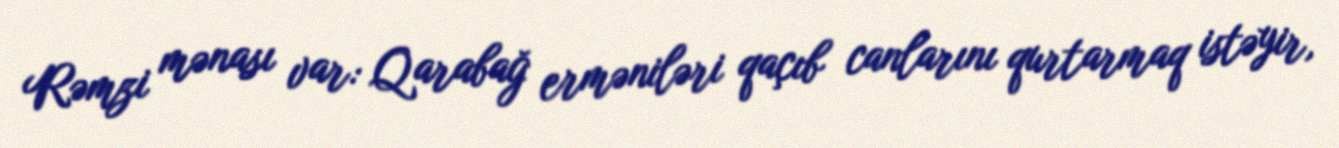
Rəmzi mənası var: Qarabağ erməniləri qaçıb canlarını qurtarmaq istəyir,